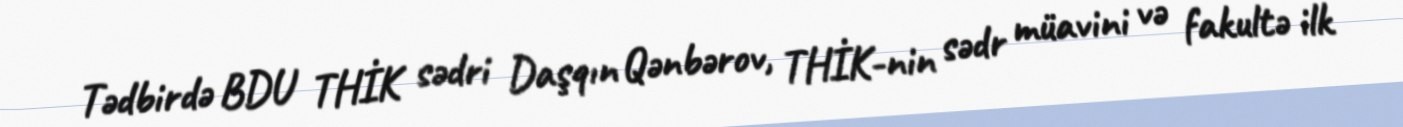
Tədbirdə BDU THİK sədri Daşqın Qənbərov, THİK-nin sədr müavini və fakultə ilk